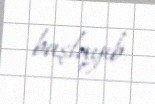
başlayıb.